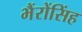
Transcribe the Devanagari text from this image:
भैंरोंसिंह